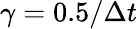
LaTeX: \gamma=0.5/\Delta t